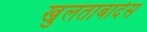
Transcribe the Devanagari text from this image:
खुलताबादेस